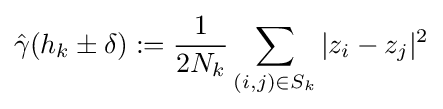
{\hat {\gamma }}(h_{k}\pm \delta ):={\frac {1}{2N_{k}}}\sum _{(i,j)\in S_{k}}|z_{i}-z_{j}|^{2}